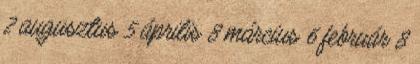
2 augusztus 5 április 8 március 6 február 8